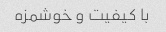
با کیفیت و خوشمزه